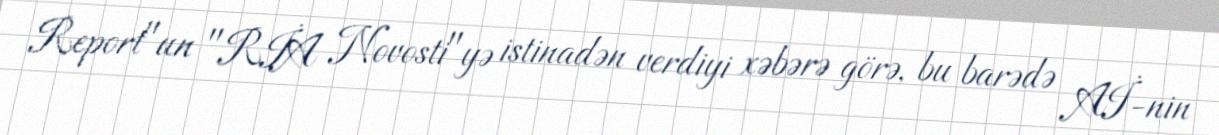
Report"un "RİA Novosti"yə istinadən verdiyi xəbərə görə, bu barədə Aİ-nin